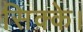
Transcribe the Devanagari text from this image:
सिक्के।